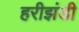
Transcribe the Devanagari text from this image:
हरीझंडी